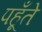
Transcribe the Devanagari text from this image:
पहूँते